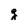
Character: q